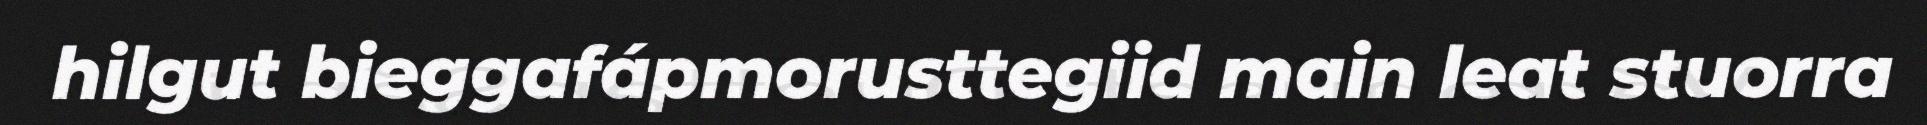
hilgut bieggafápmorusttegiid main leat stuorra